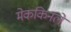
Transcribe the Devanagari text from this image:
मेककिनले